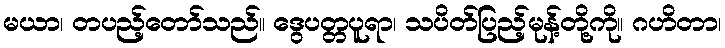
မယာ၊ တပည့်တော်သည်။ ဒွေပတ္တပူရာ၊ သပိတ်ပြည့်မုန့်တို့ကို။ ဂဟိတာ၊